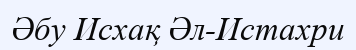
Әбу Исхақ Әл-Истахри